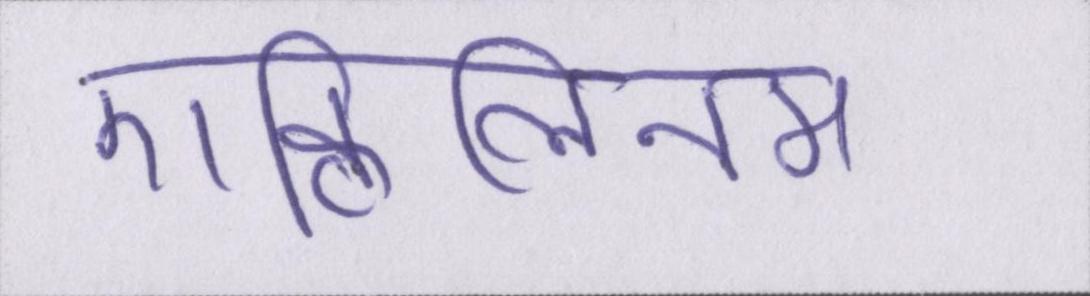
एक्विलिनम